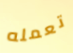
تعمله